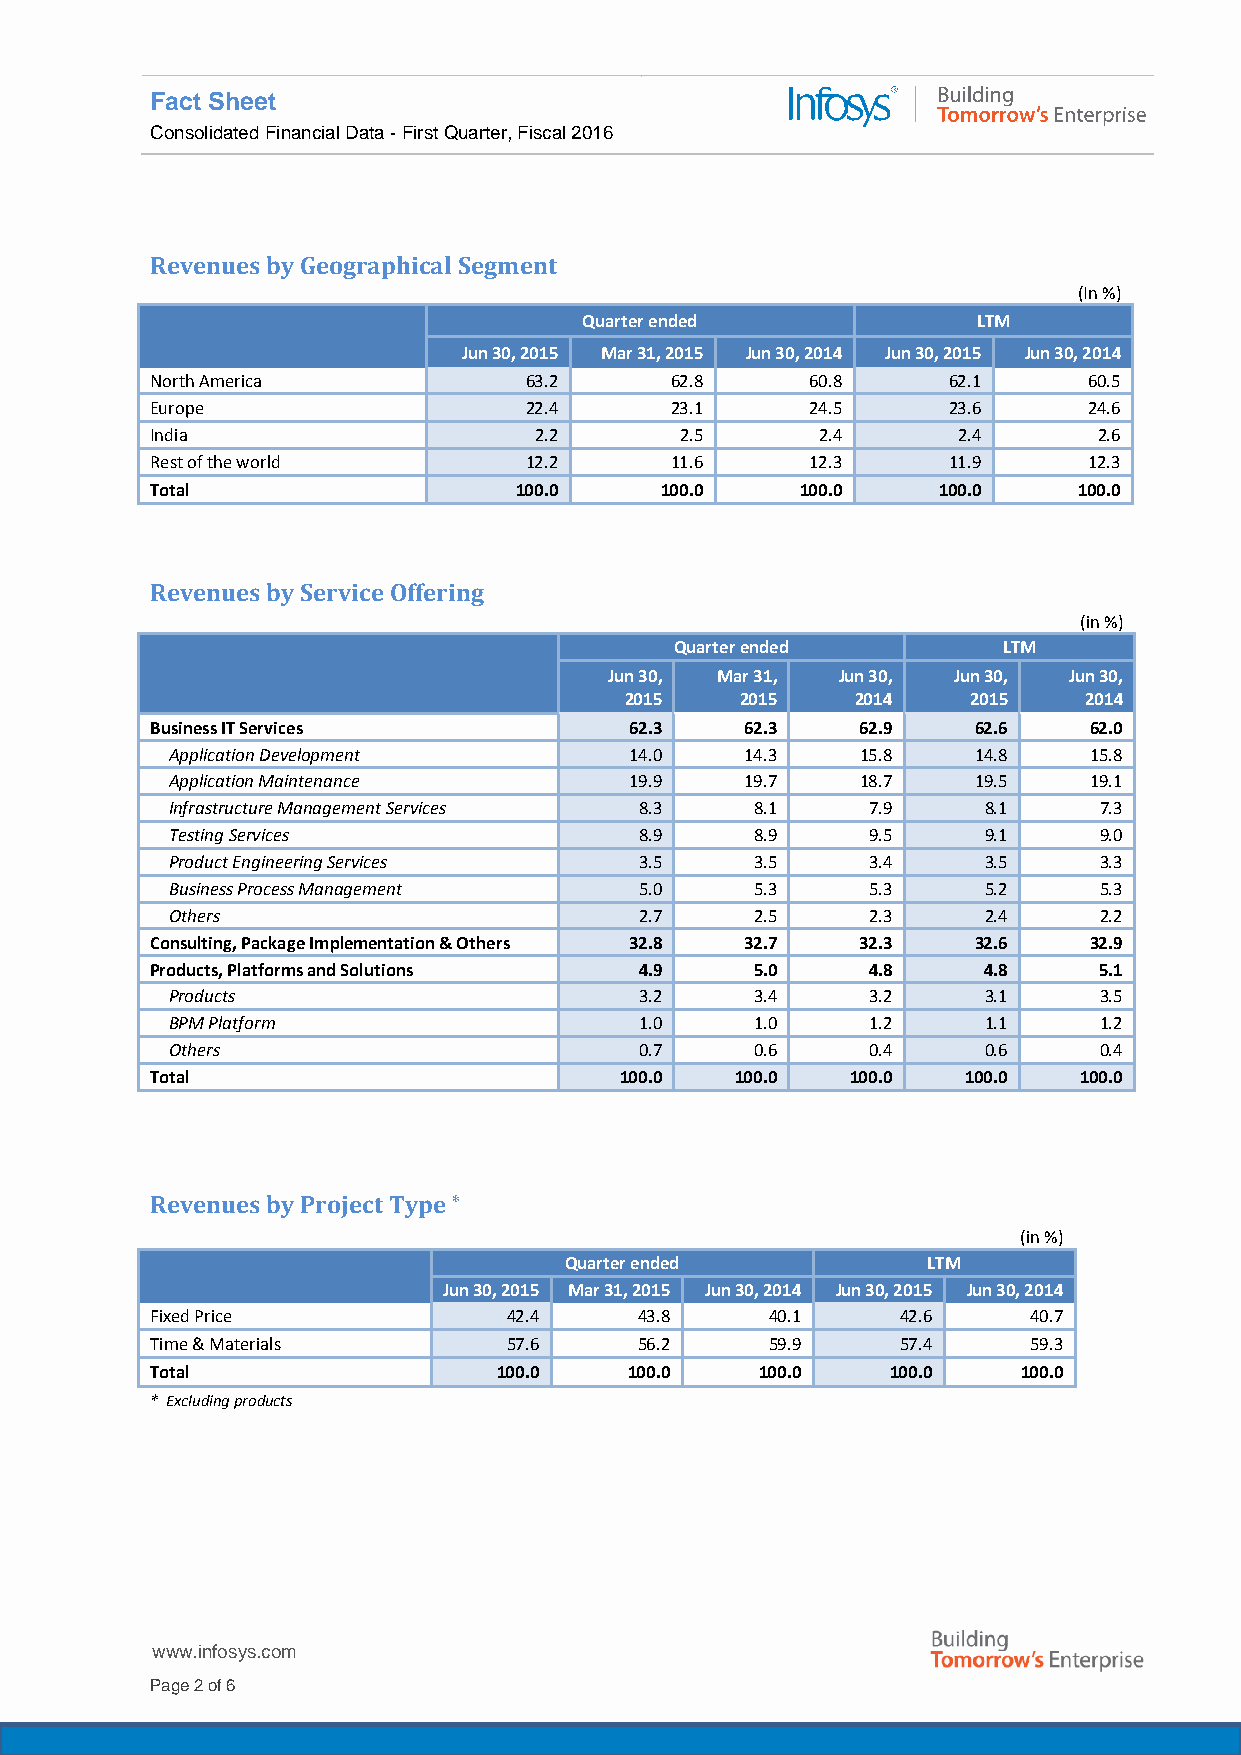
Fact Sheet
 Consolidated Financial Data - First Quarter, Fiscal 2016
 Revenues by Geographical Segment
 (In %)
 Quarter ended             LTM
 Jun 30, 2015 Mar 31, 2015 Jun 30, 2014 Jun 30, 2015 Jun 30, 2014
 North America            63.2     62.8      60.8     62.1     60.5
 Europe                   22.4     23.1      24.5     23.6     24.6
 India                    2.2       2.5      2.4      2.4       2.6
 Rest of the world        12.2     11.6      12.3     11.9     12.3
 Total                   100.0     100.0    100.0    100.0    100.0
 Revenues by Service Offering
 (in %)
 Q uarter ended       LTM
 Jun 30, Mar 31, Jun 30, Jun 30, Jun 30,
 2015    2015    2014   2015    2014
 Business IT Services            62.3   62.3    62.9   62.6    62.0
 Application Development        14.0   14.3    15.8    14.8   15.8
 Application Maintenance        19.9   19.7    18.7    19.5   19.1
 Infrastructure Management Services 8.3 8.1     7.9    8.1     7.3
 Testing Services               8.9     8.9     9.5    9.1     9.0
 Product Engineering Services   3.5     3.5     3.4    3.5     3.3
 Business Process Management    5.0     5.3     5.3    5.2     5.3
 Others                         2.7     2.5     2.3    2.4     2.2
 Consulting, Package Implementation & Others 32.8 32.7 32.3 32.6 32.9
 Products, Platforms and Solutions 4.9   5.0    4.8     4.8     5.1
 Products                       3.2     3.4     3.2    3.1     3.5
 BPM Platform                   1.0     1.0     1.2    1.1     1.2
 Others                         0.7     0.6     0.4    0.6     0.4
 Total                          100.0   100.0  100.0   100.0  100.0
 Revenues by Project Type *
 (in %)
 Quarter ended           LTM
 Jun 30, 2015 Mar 31, 2015 Jun 30, 2014 Jun 30, 2015 Jun 30, 2014
 Fixed Price             42.4    43.8     40.1     42.6    40.7
 Time & Materials        57.6    56.2     59.9     57.4    59.3
 Total                  100.0    100.0   100.0    100.0    100.0
 * Excluding products
 www.infosys.com
 Page 2 of 6